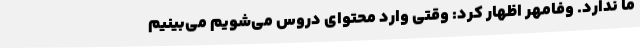
ما ندارد. وفامهر اظهار کرد: وقتی وارد محتوای دروس می‌شویم می‌بینیم